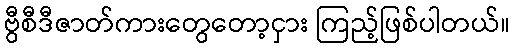
ဗွီစီဒီဇာတ်ကားတွေတော့ငှား ကြည့်ဖြစ်ပါတယ်။